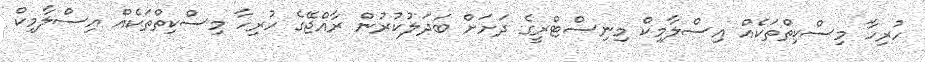
ހުރިހާ މިސްކިތްތަކެއް އިސްލާމިކް މިނިސްޓްރީގެ ދަށަށް ބަދަލުކުރުން ރާއްޖޭގެ ހުރިހާ މިސްކިތްތަކެއް އިސްލާމިކް